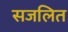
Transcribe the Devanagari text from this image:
सजलित